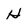
Character: H